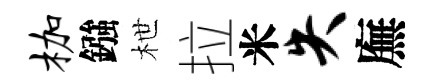
枷鏹枻拉米失廡